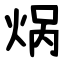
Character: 㶽